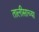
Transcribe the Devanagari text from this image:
तालीसाच्या